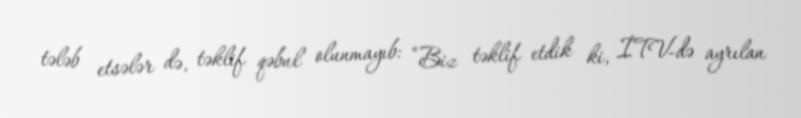
tələb etsələr də, təklif qəbul olunmayıb: “Biz təklif etdik ki, İTV-də ayrılan